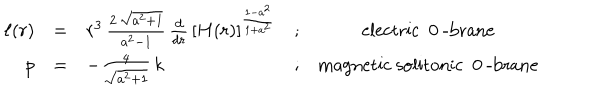
\begin{array} { r c l c c } { { \ell ( r ) } } & { { = } } & { { r ^ { 3 } \, \frac { 2 \, \sqrt { a ^ { 2 } + 1 } } { a ^ { 2 } - 1 } \, \frac { d } { d r } \, \left[ H ( r ) \right] ^ { \frac { 1 - a ^ { 2 } } { 1 + a ^ { 2 } } } } } & { { ; } } & { { \mathrm { e l e c t r i c ~ 0 ~ - b r a n e } } } \\ { { p } } & { { = } } & { { - \frac { 4 } { \sqrt { a ^ { 2 } + 1 } } \, k } } & { { ; } } & { { \mathrm { m a g n e t i c ~ s o l i t o n i c ~ 0 ~ - b r a n e } } } \\ \end{array}